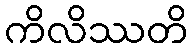
ကိလိဿတိ